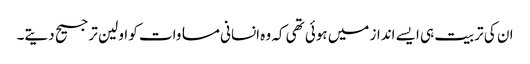
ان کی تربیت ہی ایسے انداز میں ہوئی تھی کہ وہ انسانی مساوات کو اولین ترجیح دیتے۔